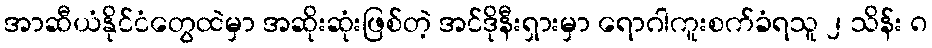
အာဆီယံနိုင်ငံတွေထဲမှာ အဆိုးဆုံးဖြစ်တဲ့ အင်ဒိုနီးရှားမှာ ရောဂါကူးစက်ခံရသူ ၂ သိန်း ၈